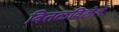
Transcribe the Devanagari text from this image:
वितळविलेले